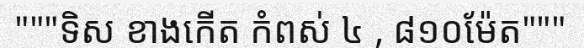
"""ទិស ខាងកើត កំពស់ ៤ , ៨១០ម៉ែត"""